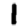
Digit: 1